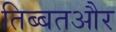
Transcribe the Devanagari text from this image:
तिब्बतऔर